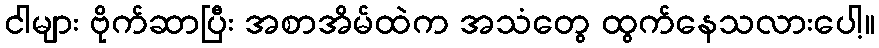
ငါများ ဗိုက်ဆာပြီး အစာအိမ်ထဲက အသံတွေ ထွက်နေသလားပေါ့။